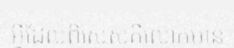
អ្វីដែលពិសេសគឺលោកមាន